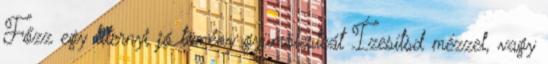
Főzz egy liternyi jó tömény gyümölcsteát Ízesítsd mézzel, vagy